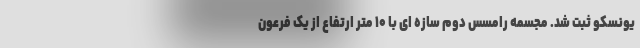
یونسکو ثبت شد. مجسمه رامسس دوم سازه ای با ۱۰ متر ارتفاع از یک فرعون